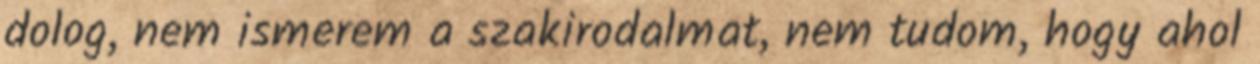
dolog, nem ismerem a szakirodalmat, nem tudom, hogy ahol